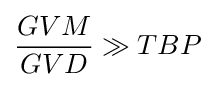
{\frac {GVM}{GVD}}\gg TBP